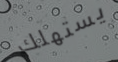
يستهلك